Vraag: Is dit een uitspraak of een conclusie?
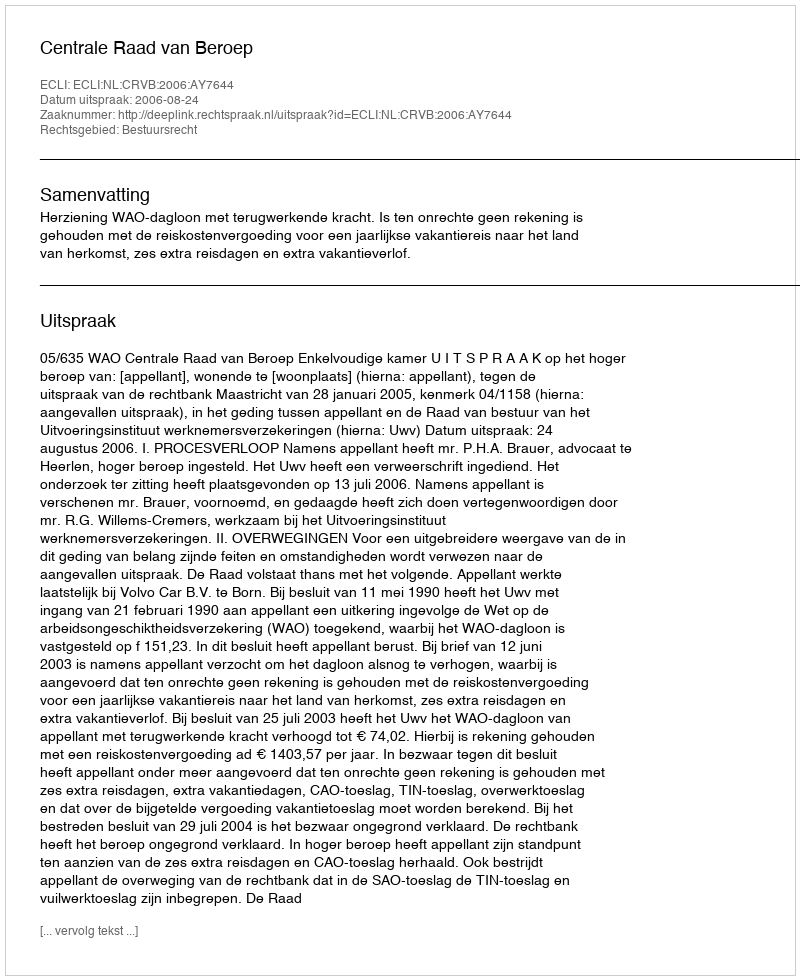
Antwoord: Uitspraak